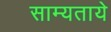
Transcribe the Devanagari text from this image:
साम्यताये